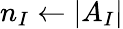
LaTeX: n_{I}\leftarrow\vert A_{I}\vert